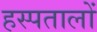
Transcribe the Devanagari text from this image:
हस्पतालों